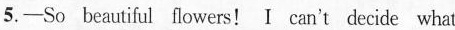
5.——So beautiful flowers!I can't decide what